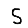
Digit: 5